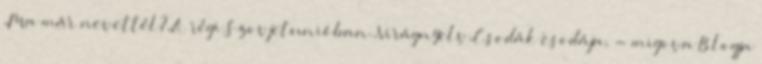
,Ma már nevettél?,A régi Szovjetunióban.,Virágnyelv,Csodák csodája, - migova Blogja